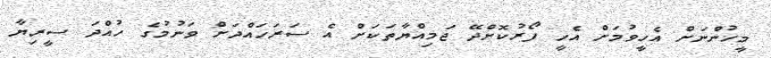
މީހުންނަށް އެހީވުމަށް އެހީ ފޯރުކޮށްދޭ ޖަމިއްޔާތަކަށް އެ ސަރަހައްދަށް ވަނުމުގެ ހުއްދަ ސީރިޔާ